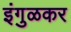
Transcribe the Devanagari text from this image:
इंगुळकर